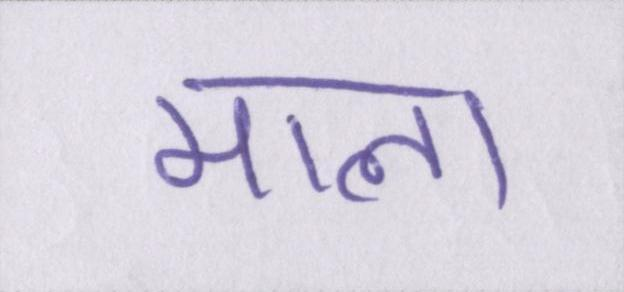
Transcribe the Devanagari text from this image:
माला